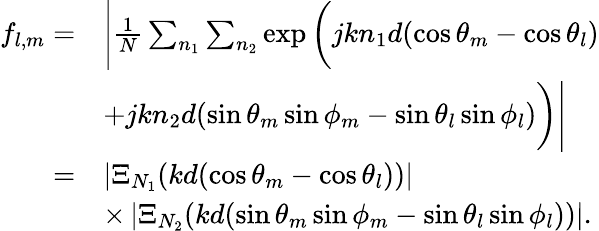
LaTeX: \begin{array}{rl}{f_{l,m}=}&{\Bigg|\frac{1}{N}\sum_{n_{1}}\sum_{n_{2}}\exp\bigg(jkn_{1}d(\cos\theta_{m}-\cos\theta_{l})}\\ &{+jkn_{2}d(\sin\theta_{m}\sin\phi_{m}-\sin\theta_{l}\sin\phi_{l})\bigg)\Bigg|}\\ {=}&{\left|\Xi_{N_{1}}(kd(\cos\theta_{m}-\cos\theta_{l}))\right|}\\ &{\times\left|\Xi_{N_{2}}(kd(\sin\theta_{m}\sin\phi_{m}-\sin\theta_{l}\sin\phi_{l}))\right|.}\end{array}